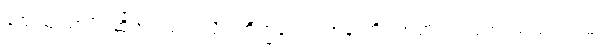
သေယျထာပိ၊ ဆိုအပ်သကဲ့သို့။ ဘိက္ခဝေ၊ ရဟန်းတို့။ အဟံ၊ ငါဘုရားသည်။ ဣမံ